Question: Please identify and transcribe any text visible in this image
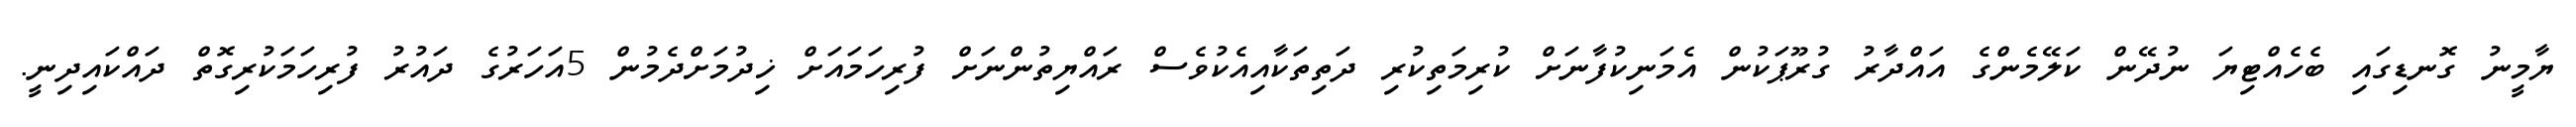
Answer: ޔާމީނު ގޮނޑިގައި ބެހެއްޓިޔަ ނުދޭން ކަލޭމެންގެ އައްދާރު ގުރޫޕަކުން އެމަނިކުފާނަށް ކުރިމަތިކުރި ދަތިތަކާއިއެކުވެސް ރައްޔިތުންނަށް ފުރިހަމައަށް ޚިދުމަށްދެމުން 5އަހަރުގެ ދައުރު ފުރިހަމަކުރިގޮތް ދައްކައިދިނީ.